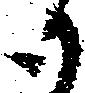
御